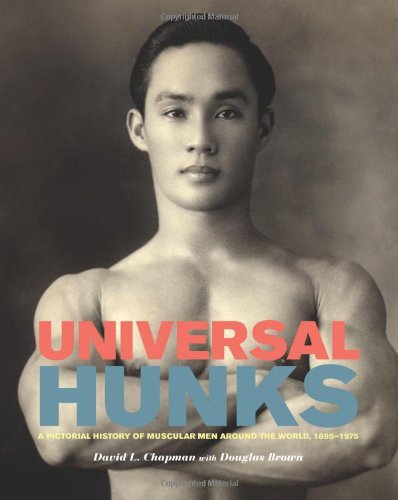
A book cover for Universal Hunks: A Pictorial History of Muscular Men around the World, 1895-1975; David L. Chapman; Gay & Lesbian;